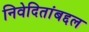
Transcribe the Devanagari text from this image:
निवेदितांबद्दल